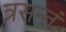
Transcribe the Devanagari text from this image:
त्रसन्तं